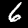
Digit: 6